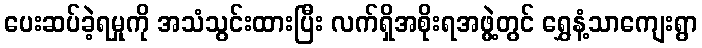
ပေးဆပ်ခဲ့ရမှုကို အသံသွင်းထားပြီး လက်ရှိအစိုးရအဖွဲ့တွင် ရွှေနံ့သာကျေးရွာ